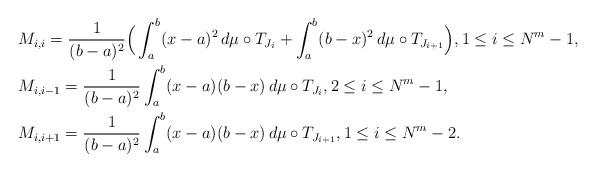
LaTeX: \begin{align*}\begin{aligned}&M_{i,i}=\frac{1}{(b-a)^2}\Big(\int^{b}_{a}(x-a)^2\,d\mu\circ T_{J_i}+\int^{b}_{a}(b-x)^2\,d\mu\circ T_{J_{i+1}}\Big),1\le i\le N^m-1,\\&M_{i,i-1}=\frac{1}{(b-a)^2}\int^{b}_{a}(x-a)(b-x)\,d\mu\circ T_{J_{i}},2\le i\le N^m-1,\\&M_{i,i+1}=\frac{1}{(b-a)^2}\int^{b}_{a}(x-a)(b-x)\,d\mu\circ T_{J_{i+1}},1\le i\le N^m-2.\end{aligned}\end{align*}